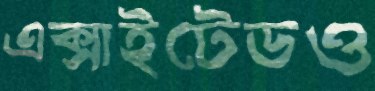
এক্সাইটেডও